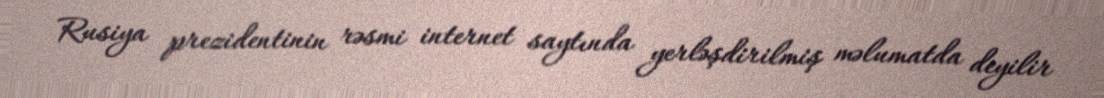
Rusiya prezidentinin rəsmi internet saytında yerləşdirilmiş məlumatda deyilir